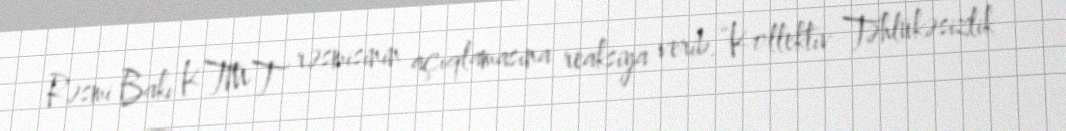
Rəsmi Bakı KTMT rəsmisinin açıqlamasına reaksiya verib.“Kollektiv Təhlükəsizlik